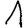
Digit: 1